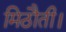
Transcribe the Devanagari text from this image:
मिठौती।